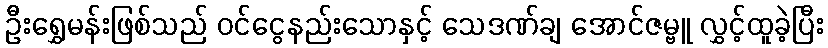
ဦးရွှေမန်းဖြစ်သည် ဝင်ငွေနည်းသောနှင့် သေဒဏ်ချ အောင်ဇမ္ဗူ လွှင့်ထူခဲ့ပြီး